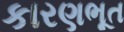
કારણભૂત